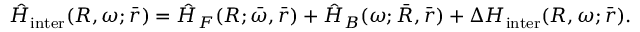
\hat { H } _ { \mathrm { i n t e r } } ( R , \omega ; \bar { r } ) = \hat { H } _ { F } ( R ; \bar { \omega } , \bar { r } ) + \hat { H } _ { B } ( \omega ; \bar { R } , \bar { r } ) + \Delta H _ { \mathrm { i n t e r } } ( R , \omega ; \bar { r } ) .